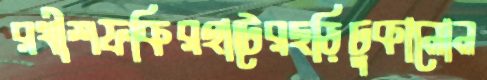
রথীশফকিরহাটেরছড়িঢুকানোন